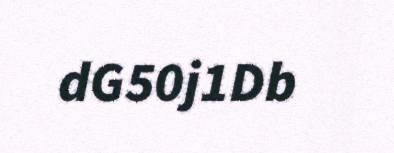
dG50j1Db